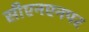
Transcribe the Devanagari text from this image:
सीएनएनपर